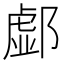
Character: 𨝹